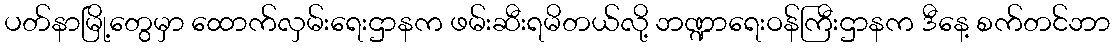
ပတ်နာမြို့တွေမှာ ထောက်လှမ်းရေးဌာနက ဖမ်းဆီးရမိတယ်လို့ ဘဏ္ဍာရေးဝန်ကြီးဌာနက ဒီနေ့ စက်တင်ဘာ